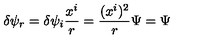
\delta \psi _ { r } = \delta \psi _ { i } { \frac { x ^ { i } } { r } } = { \frac { ( x ^ { i } ) ^ { 2 } } { r } } \Psi = \Psi